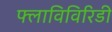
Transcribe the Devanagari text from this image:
फ्लाविविरिडी